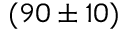
( 9 0 \pm 1 0 )